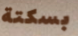
بسكتة